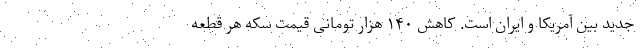
جدید بین آمریکا و ایران است. کاهش ۱۴۰ هزار تومانی قیمت سکه هر قطعه